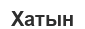
Хатын